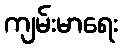
ကျမ်းမာရေး